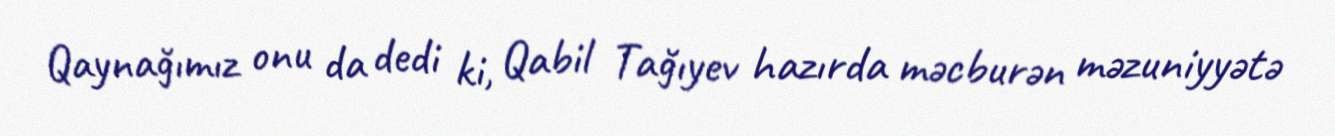
Qaynağımız onu da dedi ki, Qabil Tağıyev hazırda məcburən məzuniyyətə